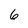
Character: 6